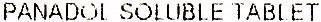
PANADOL SOLUBLE TABLET